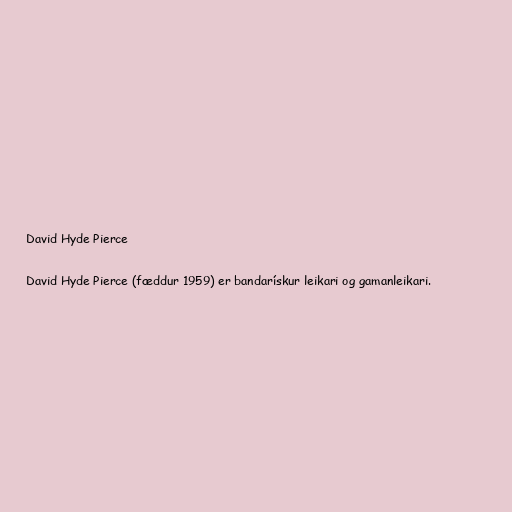
David Hyde Pierce

David Hyde Pierce (fæddur 1959) er bandarískur leikari og gamanleikari.